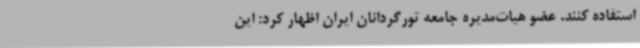
استفاده کنند. عضو هیات‌مدیره جامعه تورگردانان ایران اظهار کرد: این